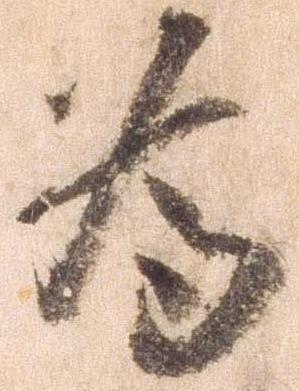
為